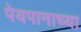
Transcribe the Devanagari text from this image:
पेयपानाच्या